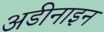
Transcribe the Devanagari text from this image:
अडीनाइन